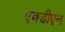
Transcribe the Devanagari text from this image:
एचडीएन